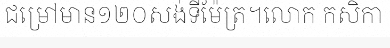
ជម្រៅមាន១២០សង់ទីម៉ែត្រ។លោក កសិកា